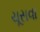
ચૂસવા